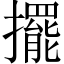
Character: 擺